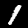
Digit: 1